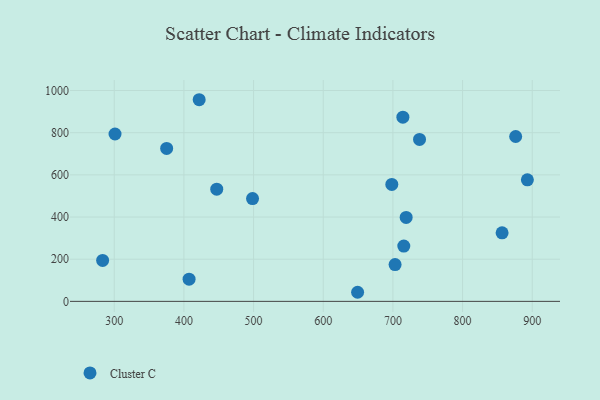
{"axis": {"x": "Price", "y": "Demand"}, "legend": ["Cluster C"], "data": [{"x": "301.1", "y": 793.8, "type": "Cluster C"}, {"x": "703.1", "y": 174.4, "type": "Cluster C"}, {"x": "421.9", "y": 956.3, "type": "Cluster C"}, {"x": "714.3", "y": 873.4, "type": "Cluster C"}, {"x": "498.5", "y": 487.5, "type": "Cluster C"}, {"x": "876.2", "y": 781.8, "type": "Cluster C"}, {"x": "719.0", "y": 397.9, "type": "Cluster C"}, {"x": "649.3", "y": 43.1, "type": "Cluster C"}, {"x": "715.6", "y": 262.0, "type": "Cluster C"}, {"x": "698.4", "y": 554.7, "type": "Cluster C"}, {"x": "893.0", "y": 576.5, "type": "Cluster C"}, {"x": "738.2", "y": 768.2, "type": "Cluster C"}, {"x": "447.1", "y": 532.0, "type": "Cluster C"}, {"x": "375.2", "y": 725.4, "type": "Cluster C"}, {"x": "407.4", "y": 105.3, "type": "Cluster C"}, {"x": "283.3", "y": 194.0, "type": "Cluster C"}, {"x": "856.7", "y": 325.0, "type": "Cluster C"}]}